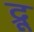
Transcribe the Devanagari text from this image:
द्रू